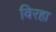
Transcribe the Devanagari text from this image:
विरहा